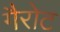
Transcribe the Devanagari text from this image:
गैरोट